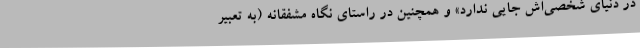
در دنیای شخصی‌اش جایی ندارد» و همچنین در راستای نگاه مشفقانه (به تعبیر